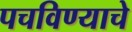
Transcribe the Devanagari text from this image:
पचविण्याचे